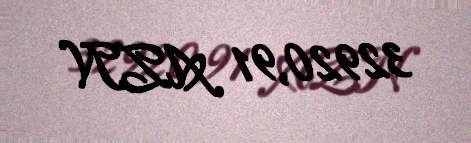
32920,91 AZN